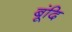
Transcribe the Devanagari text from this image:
बूंदि